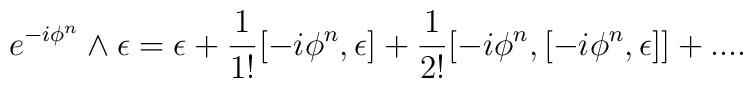
e^{-i\phi^n} \wedge \epsilon=\epsilon+\frac{1}{1 !}[-i\phi^n,\epsilon]+\frac{1}{2 !}[-i\phi^n,[-i\phi^n,\epsilon]]+... .\nonumber